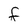
Character: F